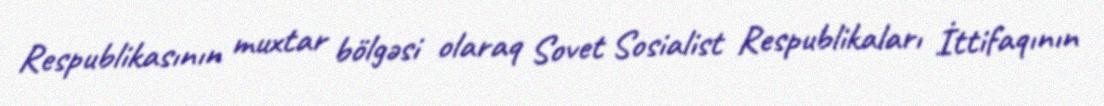
Respublikasının muxtar bölgəsi olaraq Sovet Sosialist Respublikaları İttifaqının